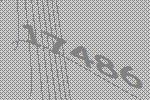
17486